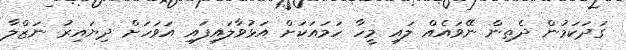
ގަދަކަމުން ދެތިން ނޭވައެއް ލައި މީހާ ހަމައަކަށް އަޅުވާލައިފައި އަވަހަށް ދިޔައިރު ނަޒްލާ